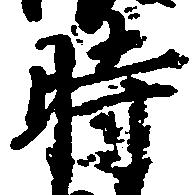
時